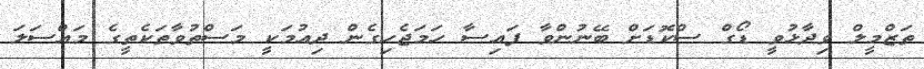
ތަޒްމީލް ވިދާޅުވީ ޑޯގް ސްކޮޑަށް ބޭނުންވާ ފައިސާ ހަަމަޖެހިގެން ދިއުމަކީ މަސްތުވާތަކެތީގެ މައްސަލަ